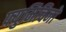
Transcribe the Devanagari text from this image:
फ्युमिचिनो